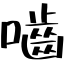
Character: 嚙